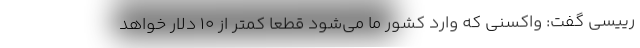
رییسی گفت: واکسنی که وارد کشور ما می‌شود قطعا کمتر از ۱۰ دلار خواهد